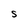
Character: S